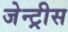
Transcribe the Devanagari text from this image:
जेन्ट्रीस